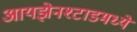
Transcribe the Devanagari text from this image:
आयझेनश्टाडमध्ये